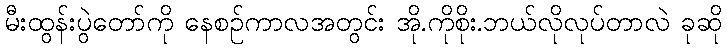
မီးထွန်းပွဲတော်ကို နေစဉ်ကာလအတွင်း အို.ကိုစိုး.ဘယ်လိုလုပ်တာလဲ ခုဆို